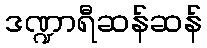
ဒဏ္ဍာရီဆန်ဆန်